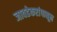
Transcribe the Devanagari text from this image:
जावडेकरांपासून